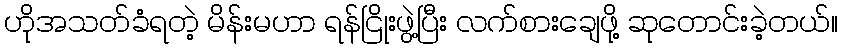
ဟိုအသတ်ခံရတဲ့ မိန်းမဟာ ရန်ငြိုးဖွဲ့ပြီး လက်စားချေဖို့ ဆုတောင်းခဲ့တယ်။